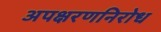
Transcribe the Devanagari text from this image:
अपक्षरणनिरोध